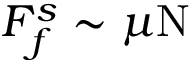
F _ { f } ^ { s } \sim \mu \mathrm { N }